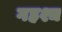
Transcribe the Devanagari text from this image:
गहश्च